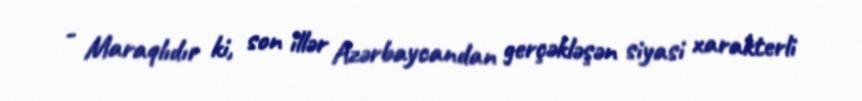
- Maraqlıdır ki, son illər Azərbaycandan gerçəkləşən siyasi xarakterli